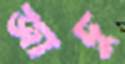
জাদু